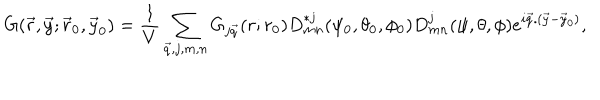
G ( { \vec { r } } , { \vec { y } } ; { \vec { r } } _ { 0 } , { \vec { y } } _ { 0 } ) = { \frac { 1 } { V } } \sum _ { \vec { q } , j , m , n } G _ { j \vec { q } } ( r ; r _ { 0 } ) D _ { m n } ^ { * j } ( \psi _ { 0 } , \theta _ { 0 } , \phi _ { 0 } ) D _ { m n } ^ { j } ( \psi , \theta , \phi ) e ^ { i { \vec { q } } . ( { \vec { y } } - { \vec { y } } _ { 0 } ) } ,